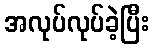
အလုပ်လုပ်ခဲ့ပြီး